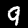
Digit: 9